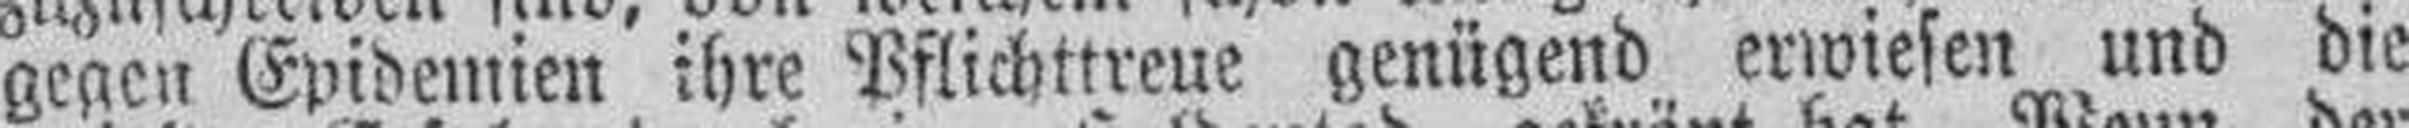
gegen Epidemien ihre Pflichttreue genügend erwiesen und die